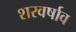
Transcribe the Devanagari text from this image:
शरवर्षाव